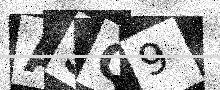
Text: A5Q9